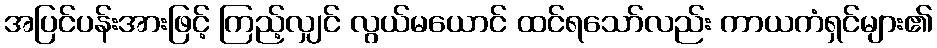
အပြင်ပန်းအားဖြင့် ကြည့်လျှင် လွယ်မယောင် ထင်ရသော်လည်း ကာယကံရှင်များ၏